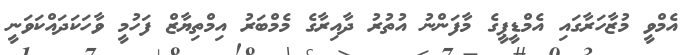
އެމްވީ މުޒާހަރާގައި އެމްޑީޕީގެ މާފަންނު އުތުރު ދާއިރާގެ މެމްބަރު އިމްތިޔާޒް ފަހުމީ ވާހަކަދައްކަވަނީ